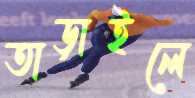
তাড়াইলে